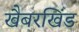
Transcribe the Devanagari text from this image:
खैबरखिंड